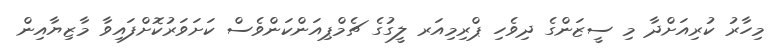
މިހާރު ކުރިއަށްދާ މި ސީޒަންގެ ދިވެހި ޕްރިމިއަރ ލީގުގެ ޗެމްޕިއަންކަންވެސް ކަށަވަރުކޮށްފައިވާ މާޒިޔާއިން